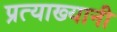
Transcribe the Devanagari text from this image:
प्रत्याख्यानी